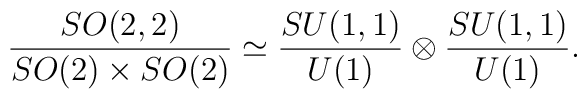
{SO(2,2)\over {SO(2)\times SO(2)}}\simeq{SU(1,1)\over U(1)}\otimes {SU(1,1)\over U(1)}.